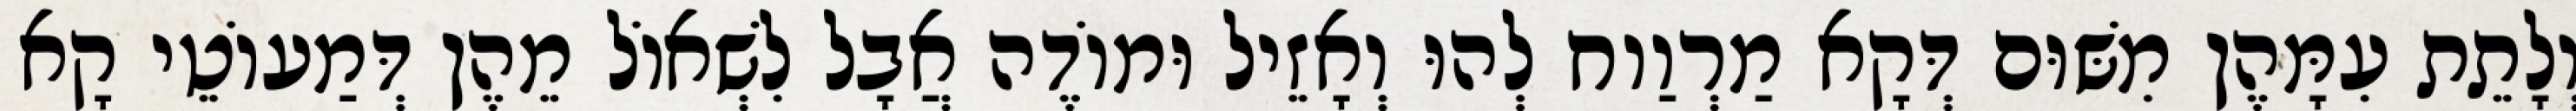
וְלָתֵת עִמָּהֶן מִשּׁוּם דְּקָא מַרְוַוח לְהוּ וְאָזֵיל וּמוֹדֶה אֲבָל לִשְׁאוֹל מֵהֶן דְּמַעוֹטֵי קָא